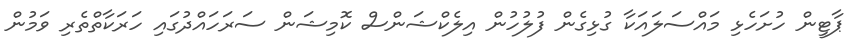
ޕާޓީން ހުށަހެޅި މައްސަލައަކާ ގުޅިގެން ފުލުހުން އިލެކްޝަންސް ކޮމިޝަން ސަރަހައްދުގައި ހަރަކާތްތެރި ވަމުން